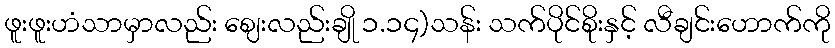
ဖူးဖူးဟံသာမှာလည်း ဈေးလည်းချို ၁.၁၄)သန်း သက်ပိုင်စိုးနှင့် လီချင်းဟောက်ကို